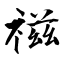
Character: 禌